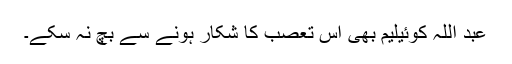
عبد اللہ کوئیلیم بھی اس تعصب کا شکار ہونے سے بچ نہ سکے۔